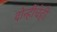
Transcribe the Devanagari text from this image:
दोन्हींचेही